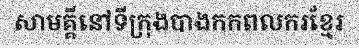
សាមគ្គីនៅទីក្រុងបាងកកពលករខ្មែរ